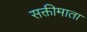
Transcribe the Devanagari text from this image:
सक्तीमाता